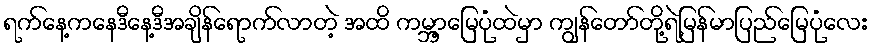
ရက်နေ့ကနေဒီနေ့ဒီအချိန်ရောက်လာတဲ့ အထိ ကမ္ဘာ့မြေပုံထဲမှာ ကျွန်တော်တို့ရဲ့မြန်မာပြည်မြေပုံလေး